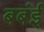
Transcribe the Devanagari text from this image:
बबंई